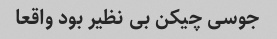
جوسی چیکن بی نظیر بود واقعا